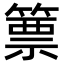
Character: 篻